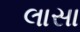
લાસા